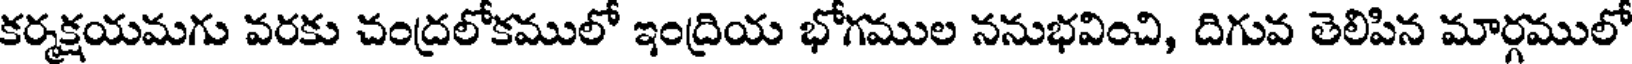
కర్మక్షయమగు వరకు చంద్రలోకములో ఇంద్రియ భోగముల ననుభవించి, దిగువ తెలిపిన మార్గములో